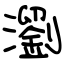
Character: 瀏